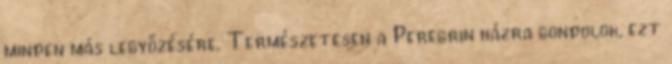
minden más legyőzésére. Természetesen a Peregrin házra gondolok, ezt